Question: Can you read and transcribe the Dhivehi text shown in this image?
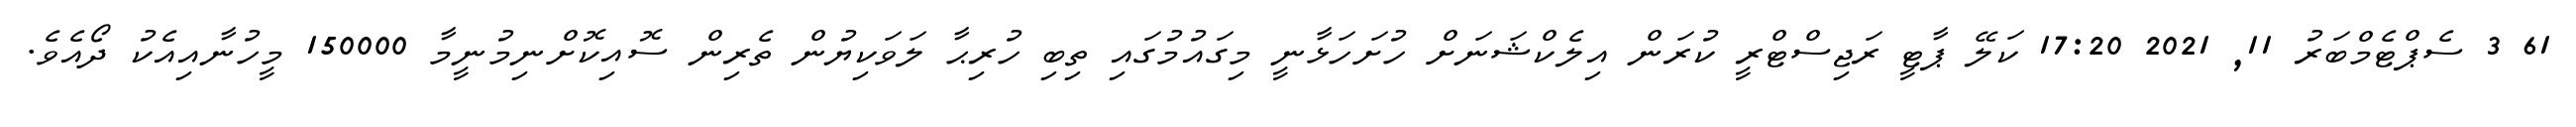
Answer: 61 3 ސެޕްޓެމްބަރު 11, 2021 17:20 ކަލޭ ޕާޓީ ރަޖިސްޓްރީ ކުރަން އިލެކްޝަނަށް ހުށަހަޅާނީ މިގައުމުގައި ތިބި ހުރިޙާ ލަވަކިޔުން ތެރިން ސޮއިކޮށްނިމުނީމާ 150000 މީހުނާއިއެކު ދޯއެވެ.